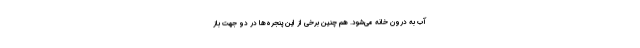
آب به درون خانه می‌شود. هم چنین برخی از این پنجره‌ها در دو جهت باز